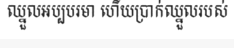
ឈ្នួលអប្បបរមា ហើយប្រាក់ឈ្នួលរបស់